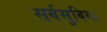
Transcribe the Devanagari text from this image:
सर्वसुविधा